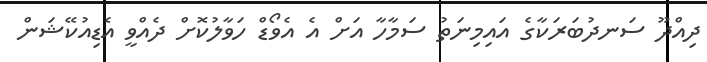
ދިއްދޫ ސަނދުބަރަކާގެ އައިމިނަތު ސަމާހާ އަށް އެ އެވޯޑް ހަވާލުކޮށް ދެއްވީ އެޑިއުކޭޝަން